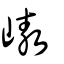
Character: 㠂